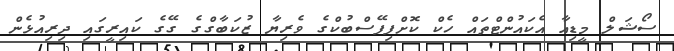
ސޯޝަލް މީޑިއާ އެކައުންޓްތައް ހެކް ކޮށްފިފޭސްބުކްގެ ވެރިޔާ ޒުކަބާގްގެ ގޭގެ ކައިރީގައި ދިރިއުޅެން